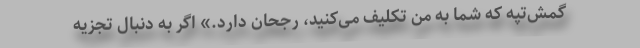
گمش‌تپه که شما به من تکلیف می‌کنید، رجحان دارد.» اگر به دنبال تجزیه